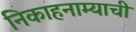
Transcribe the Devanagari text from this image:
निकाहनाम्याची